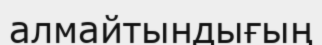
алмайтындығың